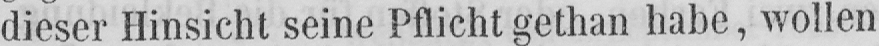
dieser Hinsicht seine Pflicht gethan habe, wollen